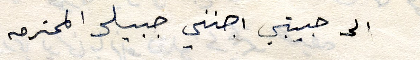
الى حبييتي اجنني جبيلي المحترمه